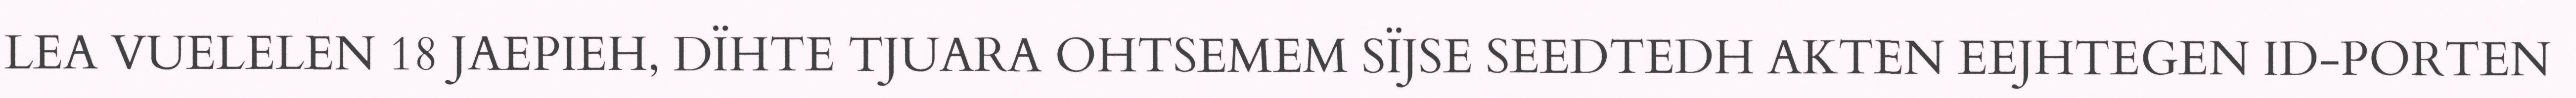
LEA VUELELEN 18 JAEPIEH, DÏHTE TJUARA OHTSEMEM SÏJSE SEEDTEDH AKTEN EEJHTEGEN ID-PORTEN